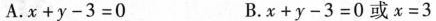
A. $$x + y - 3 = 0$$ B. $$x + y - 3 = 0$$ 或 $$x = 3$$